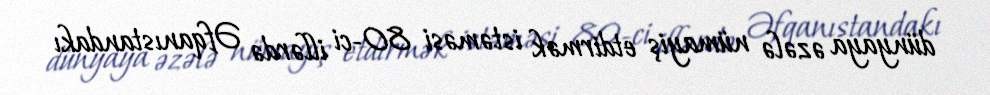
dünyaya əzələ nümayiş etdirmək istəməsi 80-ci illərdə Əfqanıstandakı